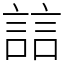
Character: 誩